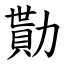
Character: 勩